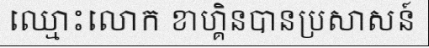
ឈ្មោះលោក ខាហ្គិនបានប្រសាសន៍